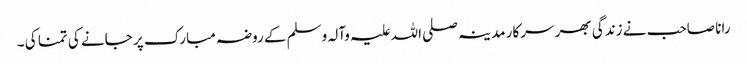
رانا صاحب نے زندگی بھر سرکار مدینہ صلی اللہ علیہ وآلہ وسلم کے روضہ مبارک پر جانے کی تمنا کی ۔